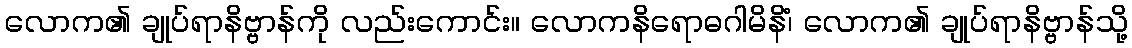
လောက၏ ချုပ်ရာနိဗ္ဗာန်ကို လည်းကောင်း။ လောကနိရောဓဂါမိနိံ၊ လောက၏ ချုပ်ရာနိဗ္ဗာန်သို့